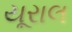
યૂરાલ